Lunatic asylums Punjab 1911-1921 - 1911-1921
Year: 1911
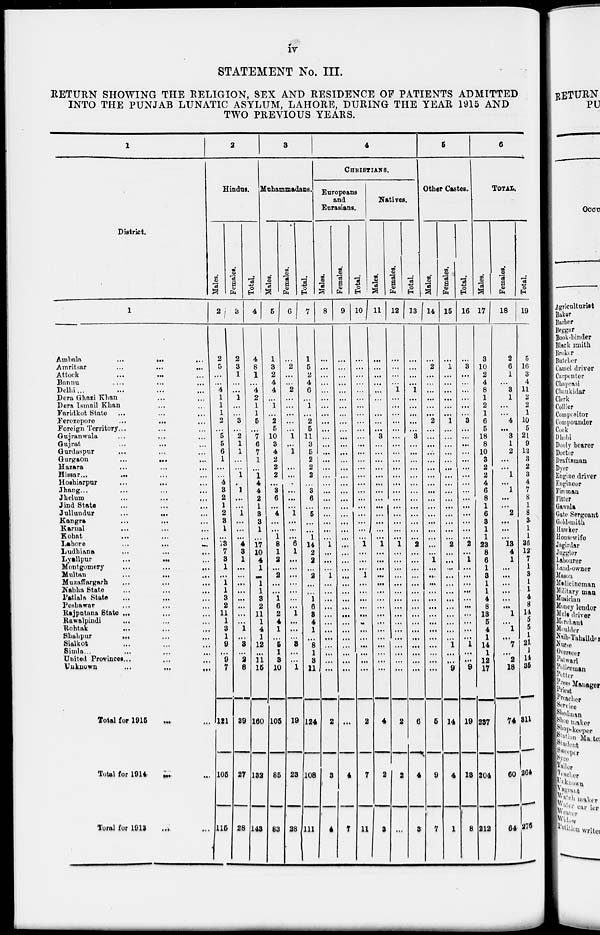
iv
STATEMENT No. III.
RETURN SHOWING THE RELIGION, SEX AND RESIDENCE OF PATIENTS ADMITTED
INTO THE PUNJAB LUNATIC ASYLUM, LAHORE, DURING THE YEAR 1915 AND
TWO PREVIOUS YEARS.
1
District.
1
Ambala
...
...
...
Amritsar
...
...
...
Attock
...
...
...
Bannu ... ... ...
Delhi ... ... ...
Dera Ghazi Khan ... ...
Dera Ismail Khan ... ...
Faridkot State ... ...
Ferozepore
...
...
...
Foreign Territory ... ... ...
Gujranwala ... ... ...
Gujrat ... ... ...
Gurdaspur ... ... ...
Gurgaon
...
...
...
Hazara ... ... ...
Hissar ... ... ...
Hoshiarpur ... ... ...
Jhang
...
...
...
Jhelum
...
...
...
Jind State ... ... ...
Jullundur
...
...
...
Kangra ... ... ...
Karnal ... ... ...
Kohat ... ... ...
Lahore ... ... ...
Ludhiana
...
...
...
Lyallpur
...
...
...
Montgomery ... ... ...
Multan
...
...
...
Muzaffargarh ... ... ...
Nabha State
...
...
...
Patiala State ... ... ...
Peshawar ... ... ...
Rajputana State ... ... ...
Rawalpindi ... ... ...
Rohtak ... ... ...
Shahpur ... ... ...
Sialkot ... ... ...
Simla ... ... ...
United Provinces ... ... ...
Unknown ... ... ...
Total for 1915 ... ...
Total for 1914 ... ...
Total for 1913 ... ...
2
Hindus.
Males.
2
2
5
...
...
4
1
1
1
2
...
5
5
6
1
...
...
4
3
2
1
2
3
1
...
13
7
3
1
...
1
1
3
2
11
1
3
1
9
...
9
7
121
105
115
Females.
3
2
3
1
...
...
1
...
...
3
...
2
1
1
...
...
1
1
...
...
1
...
...
...
4
3
1
...
...
...
...
...
...
...
...
1
...
3
...
2
8
39
27
28
Total.
4
4
8
1
...
4
2
1
1
5
...
7
6
7
1
...
1
4
4
2
1
3
3
1
...
17
10
4
1
...
1
1
3
2
11
1
4
1
12
...
11
15
160
132
143
3
Muhammadans.
Males.
5
1
3
2
4
4
...
1
...
2
5
10
3
4
2
2
2|
...
3
6
...
4
...
...
1
8
1
2
...
2
...
...
1
6
2
4
1
...
5
1
3
10
105
85
83
Females.
6
...
2
...
...
2
...
...
...
...
...
1
...
1
...
...
...
...
...
...
1
...
...
...
6
1
...
...
...
...
...
...
...
1
...
...
...
3
...
...
1
19
23
28
Total.
7
1
5
2
4
6
...
1 ...
2
5
11
3
5
2
2
2
...
3
6
...
5
...
...
1 14
2
2
...
2
...
...
1 6
3
4
1
...
8
1
3
11
124
108
111
4
CHRISTIANS.
Europeans
and
Eurasians.
Males.
8
...
...
...
...
...
...
...
...
...
...
...
...
...
...
...
...
...
...
...
...
...
...
...
...
1
...
...
...
1
...
...
...
...
...
...
...
...
...
...
...
...
2
3
4
Females.
9
...
...
...
...
...
...
...
...
...
...
...
...
...
...
...
...
...
...
...
...
...
...
...
...
...
...
...
...
...
...
...
...
...
...
...
...
...
...
...
...
...
...
4
7
Total.
10
...
...
...
...
...
...
...
...
...
...
...
...
...
...
...
...
...
...
...
...
...
...
...
...
1
...
...
...
1
...
...
...
...
...
...
...
...
...
...
...
...
2
7
11
Natives.
Males.
11
...
...
...
...
...
...
...
...
...
3
...
...
...
...
...
...
...
...
...
...
...
...
...
1
...
...
...
...
...
...
...
...
...
...
...
...
...
...
...
...
4
2
3
Females.
12
...
...
...
...
1
...
...
...
...
...
...
...
...
...
...
...
...
...
...
...
...
...
...
...
1
...
...
...
...
...
...
...
...
...
...
...
...
...
...
...
...
2
2
...
Total.
13
...
...
...
...
1
...
...
...
...
...
3
...
...
...
...
...
...
...
...
...
...
...
...
2
...
...
...
...
...
...
...
...
...
...
...
...
...
...
...
...
6
4
3
5
Other Castes.
Males.
14
...
2
...
...
...
...
...
2
...
...
...
...
...
...
...
...
...
...
...
...
...
...
...
...
...
1
...
...
...
...
...
...
...
...
...
...
...
...
...
...
5
9
7
Females.
15
...
1
...
...
...
...
...
1
...
...
...
...
...
...
...
...
...
...
...
...
...
...
2
...
...
...
...
...
...
...
...
...
...
...
...
1
...
...
9
14
4
1
Total.
16
...
3
...
...
...
...
...
...
3
...
...
...
...
...
...
...
...
...
...
...
...
...
...
...
2
...
1
...
...
...
...
...
...
...
...
...
...
1
...
...
9
19
13
8
6
TOTAL.
Males.
17
3
10
2
4
8
1
2
1
6
5
18
8
10
3
2
2
4
6
8
1
6
3
1
1
23
8
6
1
8
1
1
4
8
13
5
4
1
14
1
12
17
237
204
212
Females.
18
2
6
1
...
3
1
...
...
4
...
3
1
2
...
...
1
...
1
...
2
...
...
...
13
4
1
...
...
...
...
...
...
1
...
1
...
7
...
2
18
74
60
64
Total.
19
5
16
3
4
11
2
2
1
10
5
21
9
12
3
2
3
4
7
8
1
8
3
1
1
36
12
7
1
3
1
1
4
8
14
5
5
1
21
1
14
35
311
264
276